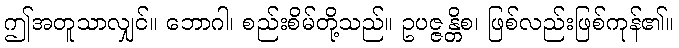
ဤအတူသာလျှင်။ ဘောဂါ၊ စည်းစိမ်တို့သည်။ ဥပဇ္ဇန္တိစ၊ ဖြစ်လည်းဖြစ်ကုန်၏။